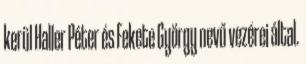
kerül Haller Péter és Fekete György nevű vezérei által.